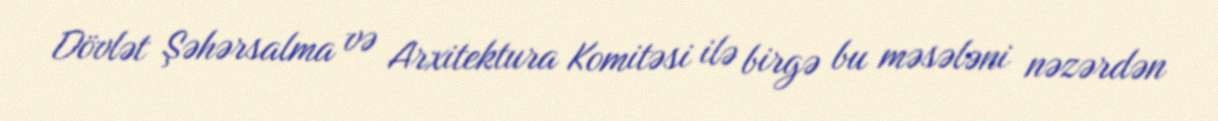
Dövlət Şəhərsalma və Arxitektura Komitəsi ilə birgə bu məsələni nəzərdən